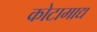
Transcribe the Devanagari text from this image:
कोटामाद्य